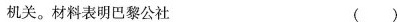
机关。材料表明巴黎公社 ( )